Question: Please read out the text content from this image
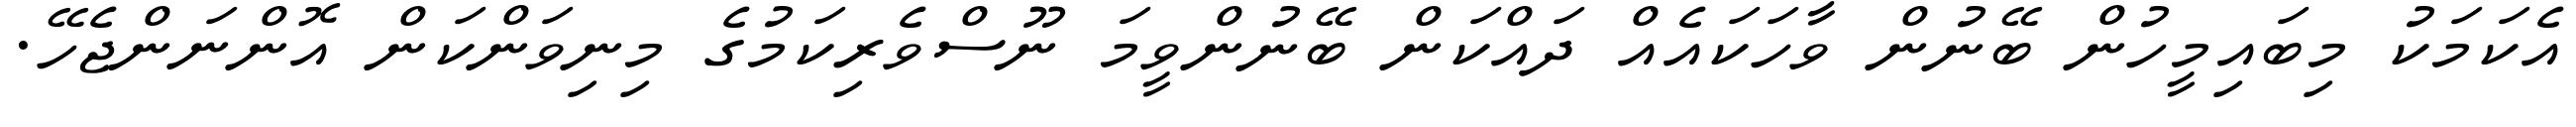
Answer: އެކަމަކު މިބައިމީހުން ބޭނުން ވާހަކައެއް ދައްކަން ބޭނުންވީމަ ނޫސްވެރިކަމުގެ މިނިވަންކަން އޮންނަންޖެހޭ.